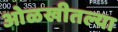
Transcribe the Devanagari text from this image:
ओळखीतल्या